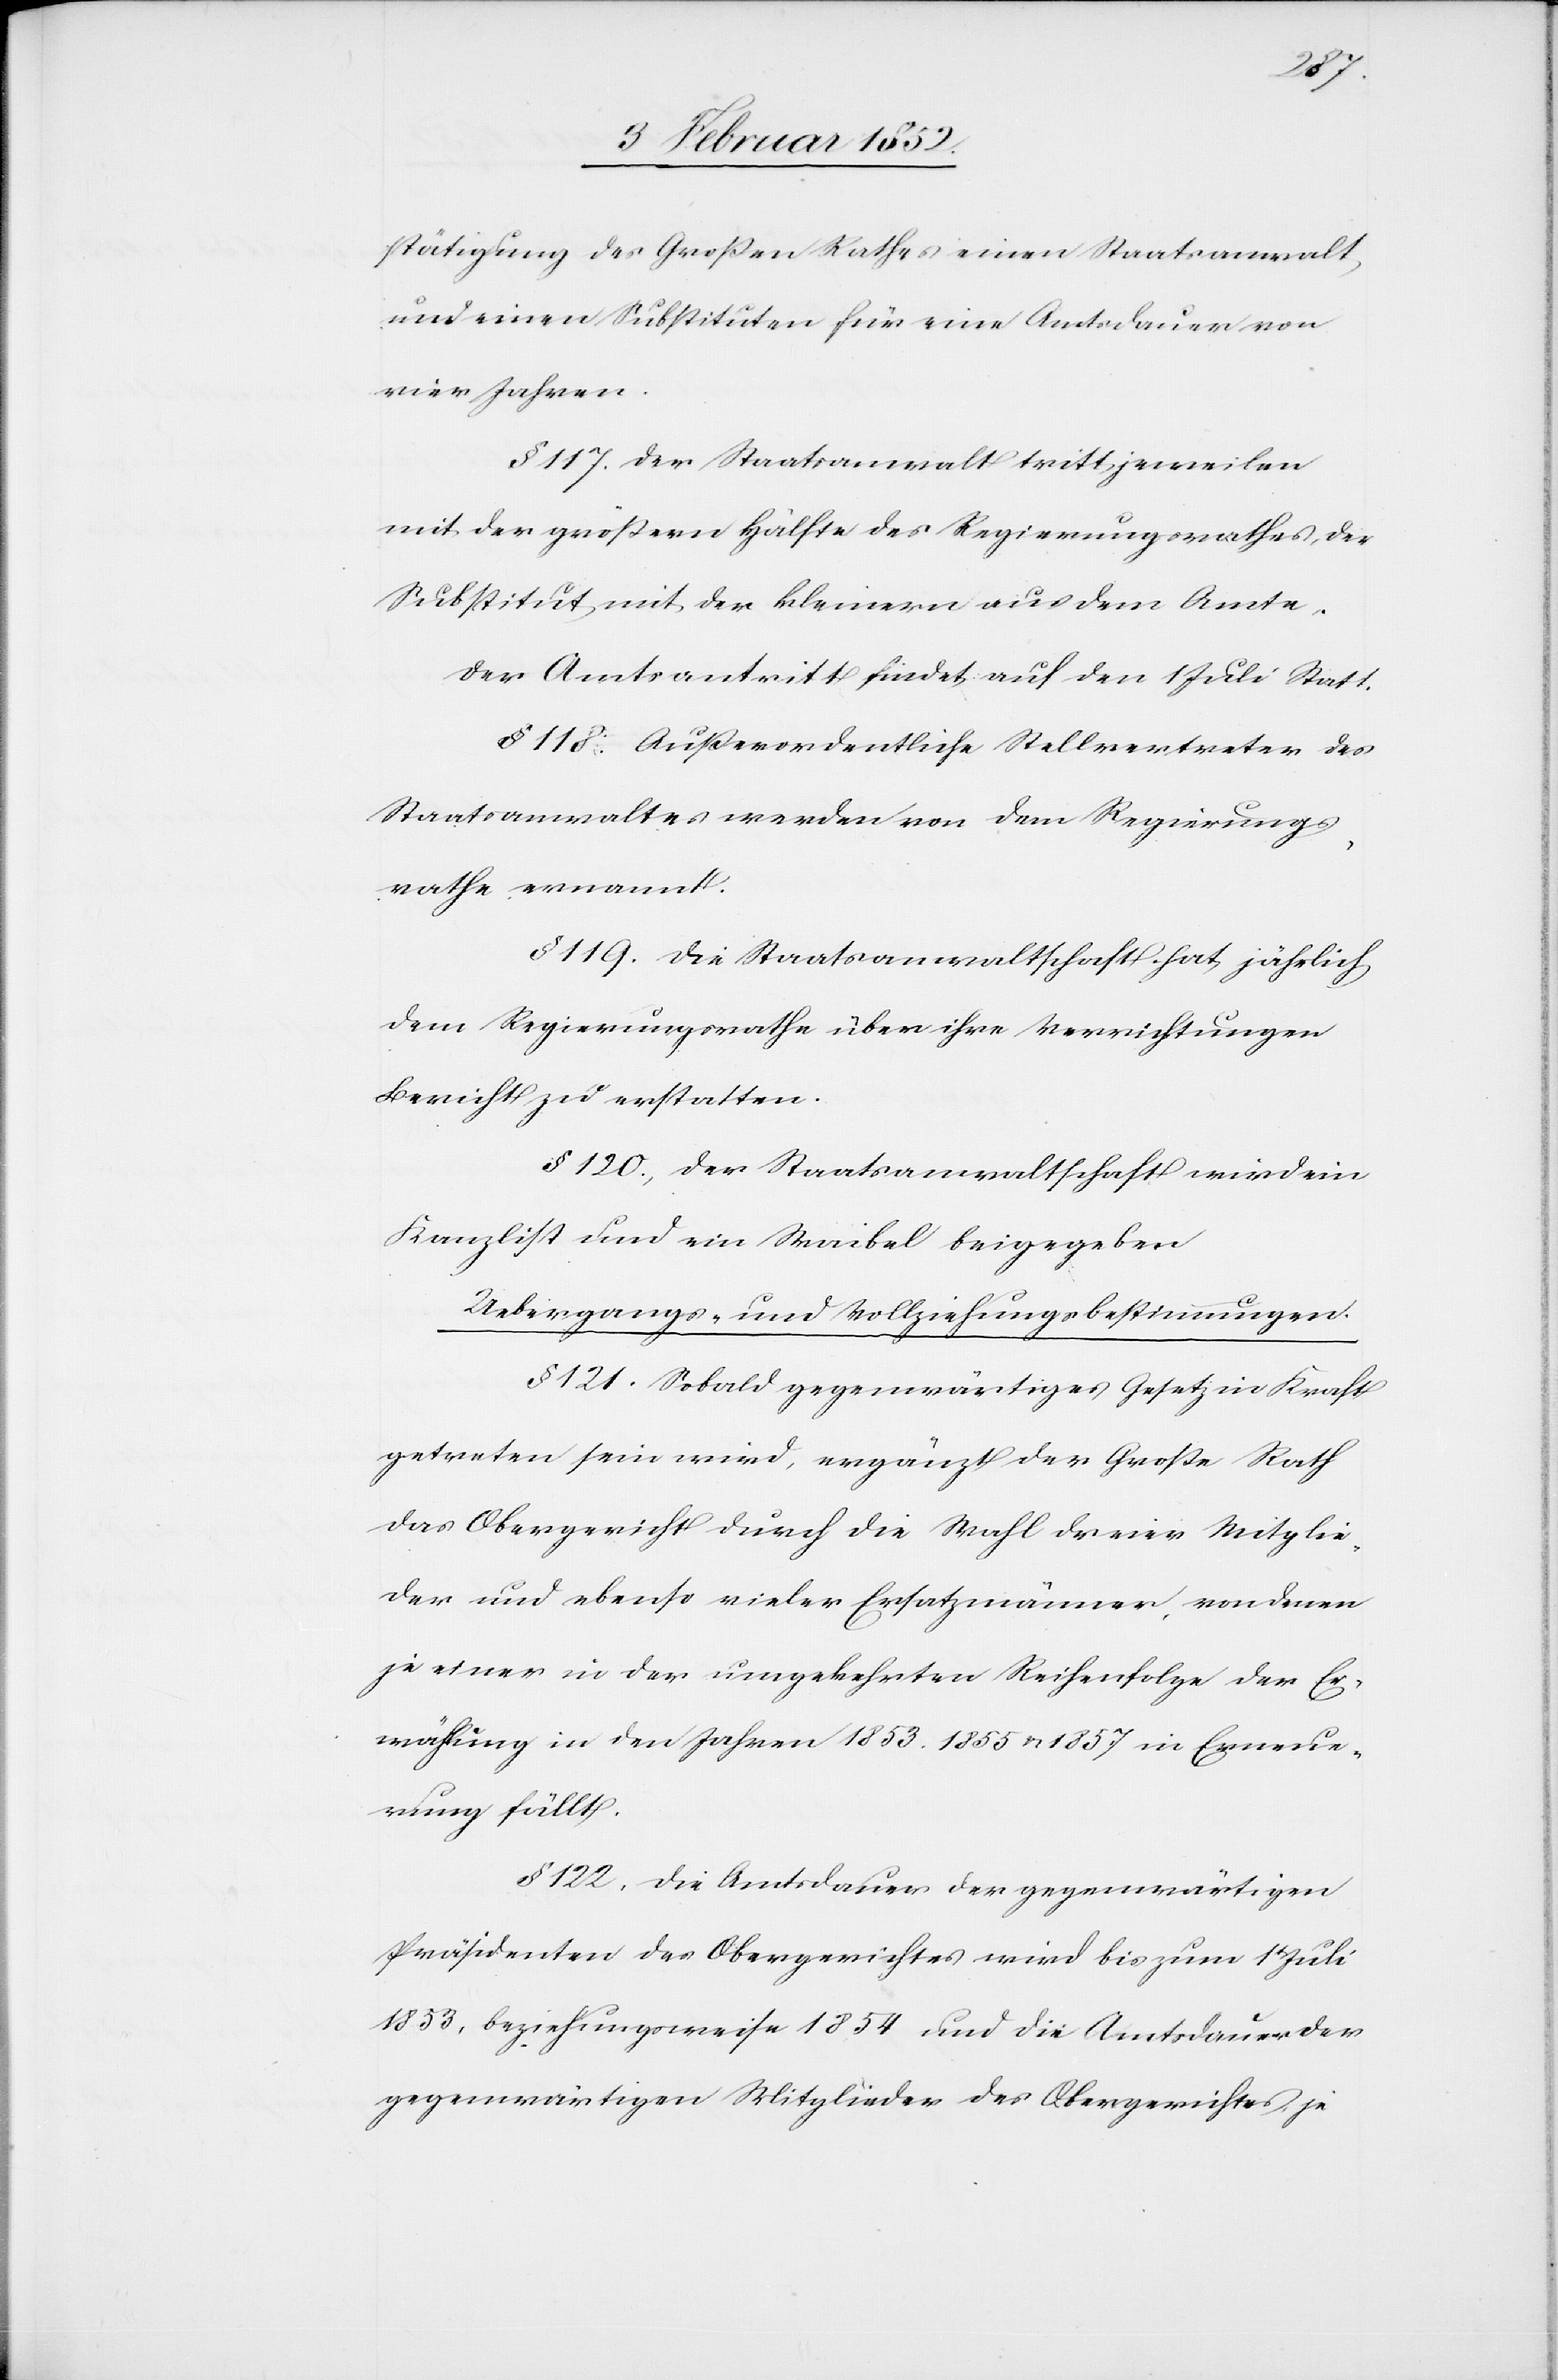
stätigung des Großen Rathes einen Staatsanwalt
und einen Substituten für eine Amtsdauer von
vier Jahren.
§ 117. Der Staatsanwalt tritt jeweilen
mit der größern Hälfte des Regierungsrathes, der
Substitut mit der kleinern aus dem Amte.
Der Amtsantritt findet auf den 1 Juli Statt.
§ 118. Außerordentliche Stellvertreter des
Staatsanwaltes werden von dem Regierungs¬
rathe ernannt.
§ 119. Die Staatsanwaltschaft hat jährlich
dem Regierungsrathe über ihre Verrichtungen
Bericht zu erstatten.
§ 120.) Der Staatsanwaltschaft wird ein
Kanzlist und ein Waibel beigegeben.
Uebergangs- und Vollziehungsbestimmungen.
§ 121. Sobald gegenwärtiges Gesetz in Kraft
getreten sein wird, ergänzt der Große Rath
das Obergericht durch die Wahl dreier Mitglie¬
der und ebenso vieler Ersatzmänner, von denen
je einer in der umgekehrten Reihenfolge der Er¬
wähnung in den Jahren 1852. 1855 u. 1857 in Erneue¬
rung fällt.
§ 122. Die Amtsdauer der gegenwärtigen
Präsidenten des Obergerichtes wird bis zum 1 Juli
1853, beziehungsweise 1854 und die Amtsdauer der
gegenwärtigen Mitglieder des Obergerichtes